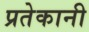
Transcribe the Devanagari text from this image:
प्रतेकानी